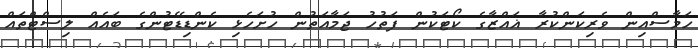
ހަމާސްއިން ވެރިކަންކުރާ ޣައްޒާގެ ކޯޓަކުން ފަތުހު ޖަމާއަތުން ހުށަހެޅި ކެންޑިޑޭޓުންގެ ބައެއް ލިސްޓްތައް